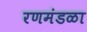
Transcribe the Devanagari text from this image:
रणमंडळा